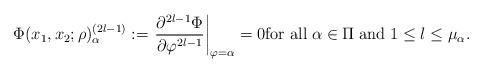
LaTeX: \begin{align*}\Phi(x_1, x_2; \rho)^{(2l-1)}_\alpha := \left.\frac{\partial^{2l-1} \Phi}{\partial \varphi^{2l-1}} \right|_{\varphi = \alpha} = 0 \mbox{\rm for all}\; \alpha \in \Pi\; \mbox{\rm and} \;1 \le l \le \mu_\alpha.\end{align*}